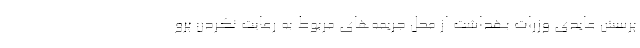
پرسش عایدی وزرات بهداشت از محل جریمه‌های مربوط به رعایت نکردن پرو